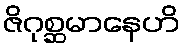
ဇိဂုစ္ဆမာနေဟိ